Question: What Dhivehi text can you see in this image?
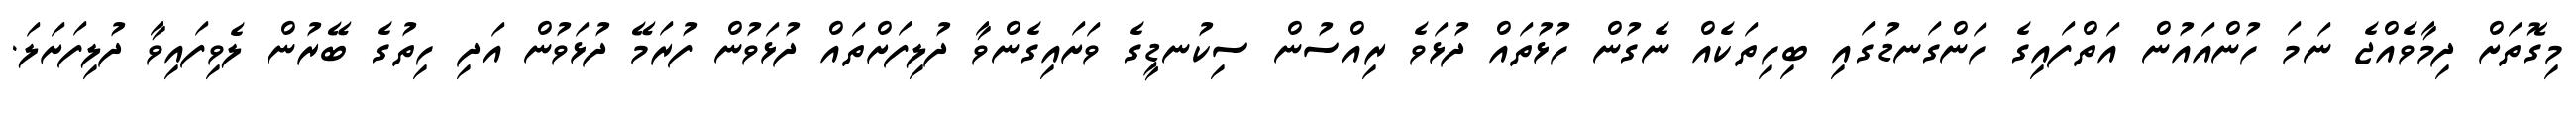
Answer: މިގޮތަށް ދިމާވެއްޖެ ނަމަ ހުންއައުން އަތްފައިގެ ހަންގަނޑުގައި ބިހިތަކެއް ނެގުން ހުޅުތައް ދުޅަވެ ރިއްސުން ސިކުނޑީގެ ވަށައިގެންވާ ދުލިފަށްތައް ދުޅަވުން ފުރަމޭ ދުޅަވުން އަދި ހިތުގެ ބޭރުން ލެވިފައިވާ ދުލިފަށަލަ.